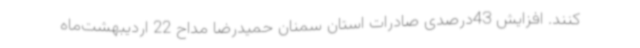
کنند. افزایش 43درصدی صادرات استان سمنان حمیدرضا مداح 22 اردیبهشت‌ماه